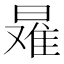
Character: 𰖠